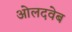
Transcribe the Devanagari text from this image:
ओलदवेब